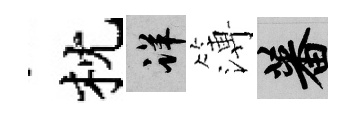
枕详簿蕃